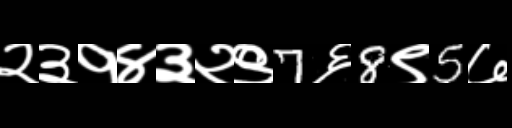
Text: २३१४३२९7६8९5७